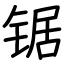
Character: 锯